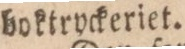
boktryckeriet.